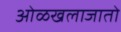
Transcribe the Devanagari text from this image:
ओळखलाजातो